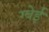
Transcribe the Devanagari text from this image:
ग्वेई